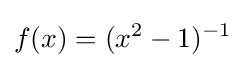
f(x)=(x^{2}-1)^{-1}